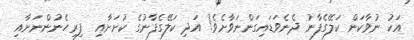
އަކު ނުވާކަން ކަލޭގެފާނު ދެނެވަޑައިގަންނަވާށެވެ! އަދި ކަލޭގެފާނުގެ ކުށަށާއި  ފިރިހެނުންނަށާއި